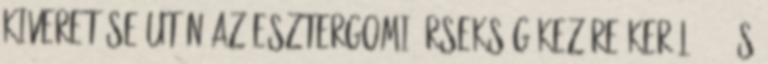
kiveretése után az esztergomi érsekség kezére kerül 1598 s